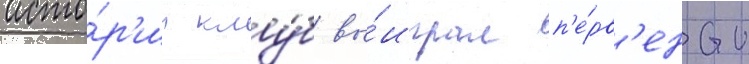
исто́р'ии клу́б вы́играл п'е́рв'енство